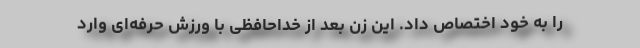
را به خود اختصاص داد. این زن بعد از خداحافظی با ورزش حرفه‌ای وارد